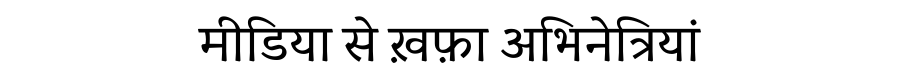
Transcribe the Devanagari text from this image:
मीडिया से ख़फ़ा अभिनेत्रियां